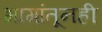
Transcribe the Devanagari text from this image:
भागांतूनही